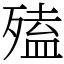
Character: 𣩄